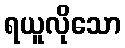
ရယူလိုသော